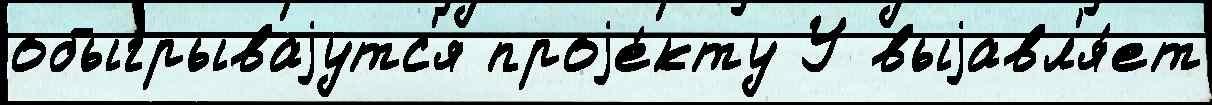
обыгрываjутс'я проjе́кту У выjавл'я́ет